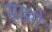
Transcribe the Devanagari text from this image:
सडगे